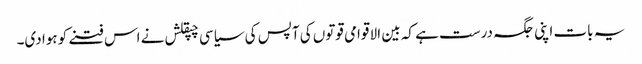
یہ بات اپنی جگہ درست ہے کہ بین الا قوامی قوتوں کی آپس کی سیاسی چپقلش نے اس فتنے کو ہوا دی۔